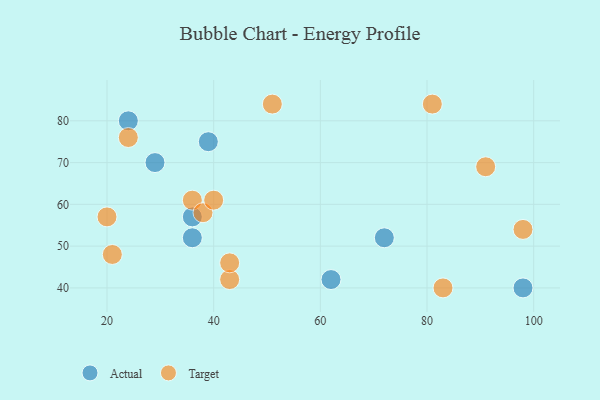
{"axis": {"x": "GDP", "y": "Life Expectancy"}, "legend": ["Actual", "Target"], "data": [{"x": "36", "y": 52, "type": "Actual"}, {"x": "36", "y": 57, "type": "Actual"}, {"x": "39", "y": 75, "type": "Actual"}, {"x": "72", "y": 52, "type": "Actual"}, {"x": "29", "y": 70, "type": "Actual"}, {"x": "98", "y": 40, "type": "Actual"}, {"x": "24", "y": 80, "type": "Actual"}, {"x": "62", "y": 42, "type": "Actual"}, {"x": "36", "y": 61, "type": "Target"}, {"x": "81", "y": 84, "type": "Target"}, {"x": "21", "y": 48, "type": "Target"}, {"x": "51", "y": 84, "type": "Target"}, {"x": "24", "y": 76, "type": "Target"}, {"x": "91", "y": 69, "type": "Target"}, {"x": "38", "y": 58, "type": "Target"}, {"x": "43", "y": 42, "type": "Target"}, {"x": "98", "y": 54, "type": "Target"}, {"x": "40", "y": 61, "type": "Target"}, {"x": "83", "y": 40, "type": "Target"}, {"x": "43", "y": 46, "type": "Target"}, {"x": "20", "y": 57, "type": "Target"}]}